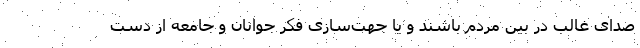
صدای غالب در بین مردم باشند و یا جهت‌سازی فکر جوانان و جامعه از دست